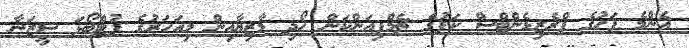
އެންމެ ފަހުގެ ޕްރެޒިޑެންޓްސް ކަޕުގެ ޗެމްޕިއަންކަން ހޯދި މާޒިޔާއިން މިއަހަރުގެ ފުޓްބޯޅަ ސީޒަނާ